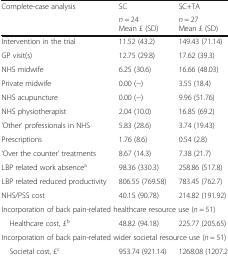
<table><thead><tr><td rowspan="2"><b>Complete-case analysis</b></td><td><b>SC</b></td><td><b>SC+TA</b></td></tr><tr><td><b><i>n</i> = 24Mean £ (SD)</b></td><td><b><i>n</i> = 27Mean £ (SD)</b></td></tr></thead><tbody><tr><td>Intervention in the trial</td><td>11.52 (43.2)</td><td>149.43 (71.14)</td></tr><tr><td>GP visit(s)</td><td>12.75 (29.8)</td><td>17.62 (39.3)</td></tr><tr><td>NHS midwife</td><td>6.25 (30.6)</td><td>16.66 (48.03)</td></tr><tr><td>Private midwife</td><td>0.00 (−)</td><td>3.55 (18.4)</td></tr><tr><td>NHS acupuncture</td><td>0.00 (−)</td><td>9.96 (51.76)</td></tr><tr><td>NHS physiotherapist</td><td>2.04 (10.0)</td><td>16.85 (69.2)</td></tr><tr><td>‘Other’ professionals in NHS</td><td>5.83 (28.6)</td><td>3.74 (19.43)</td></tr><tr><td>Prescriptions</td><td>1.76 (8.6)</td><td>0.54 (2.8)</td></tr><tr><td>‘Over the counter’ treatments</td><td>8.67 (14.3)</td><td>7.38 (21.7)</td></tr><tr><td>LBP related work absence<sup>a</sup></td><td>98.36 (330.3)</td><td>258.86 (517.8)</td></tr><tr><td>LBP related reduced productivity</td><td>806.55 (769.58)</td><td>783.45 (762.7)</td></tr><tr><td>NHS/PSS cost</td><td>40.15 (90.78)</td><td>214.82 (191.92)</td></tr><tr><td colspan="3">Incorporation of back pain-related healthcare resource use (<i>n</i> = 51)</td></tr><tr><td> Healthcare cost, £<sup>b</sup></td><td>48.82 (94.18)</td><td>225.77 (205.65)</td></tr><tr><td colspan="3">Incorporation of back pain-related wider societal resource use (<i>n</i> = 51)</td></tr><tr><td> Societal cost, £<sup>c</sup></td><td>953.74 (921.14)</td><td>1268.08 (1207.24)</td></tr></tbody></table>